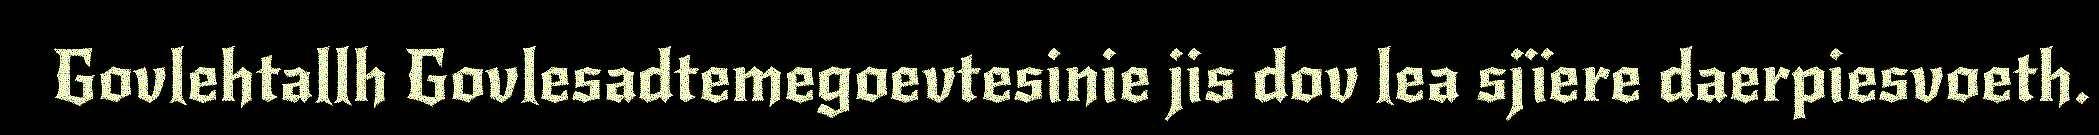
Govlehtallh Govlesadtemegoevtesinie jis dov lea sjïere daerpiesvoeth.